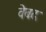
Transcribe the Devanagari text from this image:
वेबद